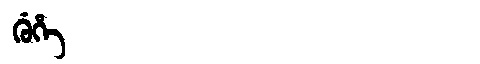
Manchu: ᡤᡠᡥᡝ
Romanization: GUHE